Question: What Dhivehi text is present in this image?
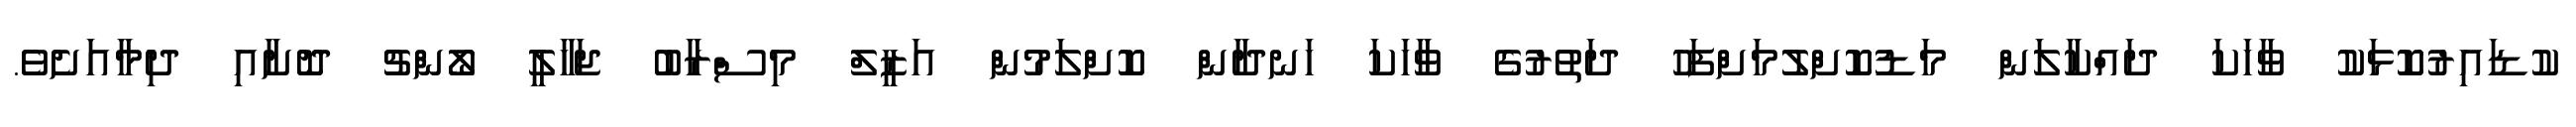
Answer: ކުޑައިރުކޮޅަކު ވާހަކަ ދައްކާލަން މަޑުކޮށްލުމަށްފަހު ދަތުރުގެ ވާހަކަ ހަނދާން ކޮށްލަމުން އަޒީލް މިސްރާބު ޖަހާލީ ލޯންޗު ދޮށާއި ދިމާއަށެވެ.